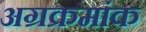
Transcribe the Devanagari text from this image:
अग्रक्रमांक